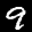
Label: 9